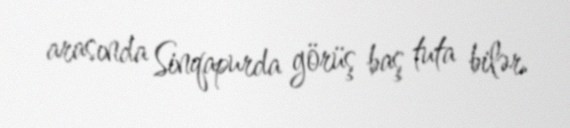
arasında Sinqapurda görüş baş tuta bilər.